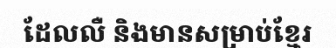
ដែលលឺ និងមានសម្រាប់ខ្មែរ